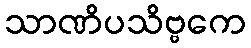
သာဏိပသိဗ္ဗကေ